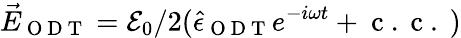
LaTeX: \vec{E}_{\mathrm{~O~D~T~}}=\mathcal{E}_{0}/2(\hat{\epsilon}_{\mathrm{~O~D~T~}}e^{-i\omega t}+\mathrm{~c~.~c~.~})